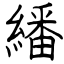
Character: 繙